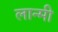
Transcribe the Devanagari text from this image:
लान्मी